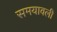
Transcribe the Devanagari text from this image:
समयावली